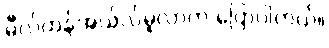
မီလ်တန်အယ်လ်မူလာက ပြောပါတယ်။